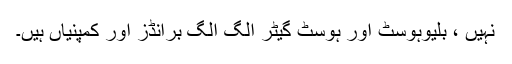
نہیں ، بلیوہوسٹ اور ہوسٹ گیٹر الگ الگ برانڈز اور کمپنیاں ہیں۔